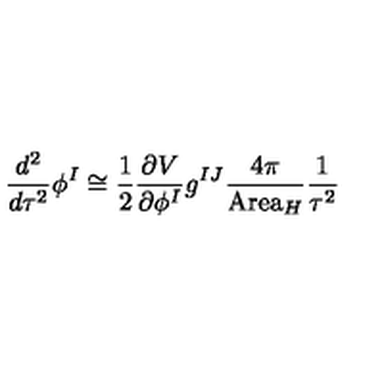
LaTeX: \frac { d ^ { 2 } } { d \tau ^ { 2 } } \phi ^ { I } \cong \frac { 1 } { 2 } \frac { \partial V } { \partial \phi ^ { I } } g ^ { I J } \frac { 4 \pi } { \mathrm { A r e a } _ { H } } \frac { 1 } { \tau ^ { 2 } }